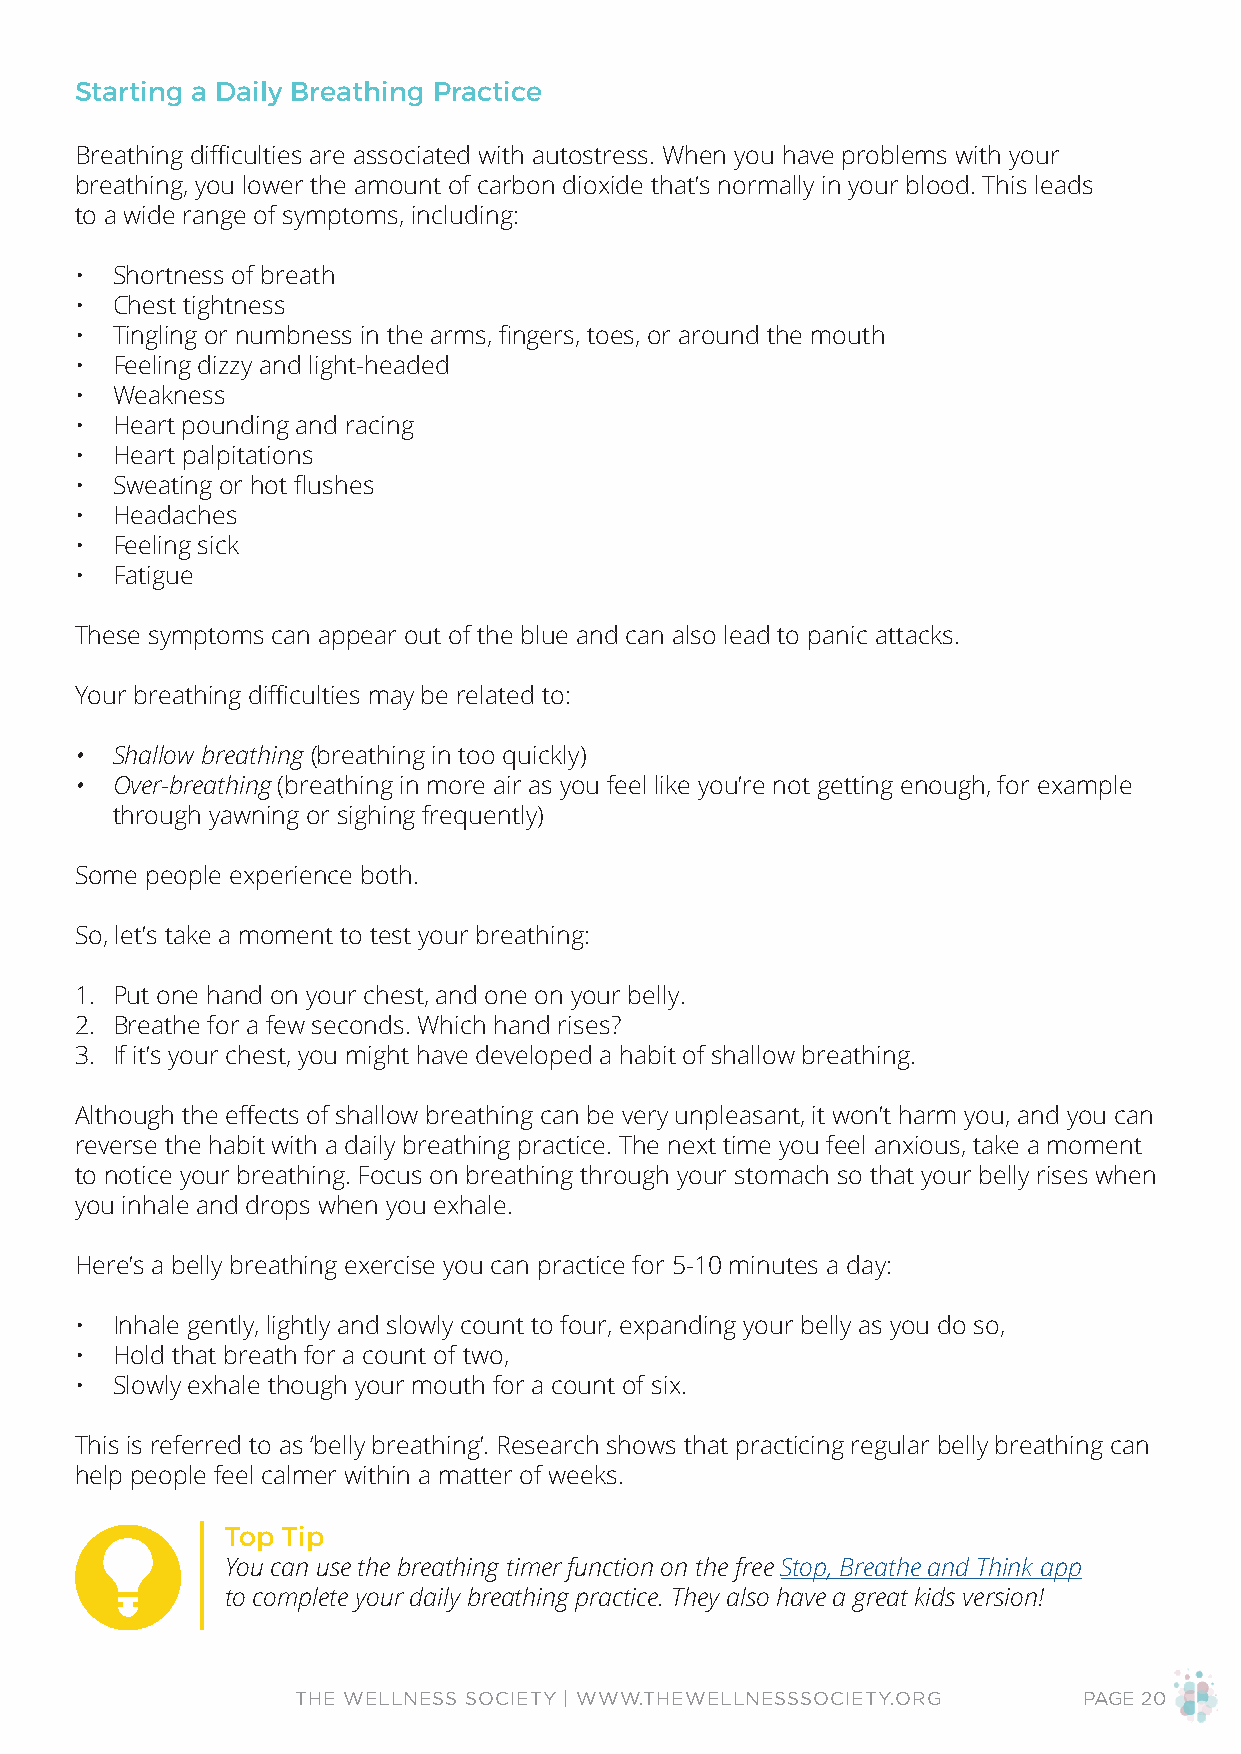
Starting a Daily Breathing Practice
 Breathing difficulties are associated with autostress. When you have problems with your
 breathing, you lower the amount of carbon dioxide that’s normally in your blood. This leads
 to a wide range of symptoms, including:
 • Shortness of breath
 • Chest tightness
 • Tingling or numbness in the arms, fingers, toes, or around the mouth
 • Feeling dizzy and light-headed
 • Weakness
 • Heart pounding and racing
 • Heart palpitations
 • Sweating or hot flushes
 • Headaches
 • Feeling sick
 • Fatigue
 These symptoms can appear out of the blue and can also lead to panic attacks.
 Your breathing difficulties may be related to:
 • Shallow breathing (breathing in too quickly)
 • Over-breathing (breathing in more air as you feel like you’re not getting enough, for example
 through yawning or sighing frequently)
 Some people experience both.
 So, let’s take a moment to test your breathing:
 1. Put one hand on your chest, and one on your belly.
 2. Breathe for a few seconds. Which hand rises?
 3. If it’s your chest, you might have developed a habit of shallow breathing.
 Although the effects of shallow breathing can be very unpleasant, it won’t harm you, and you can
 reverse the habit with a daily breathing practice. The next time you feel anxious, take a moment
 to notice your breathing. Focus on breathing through your stomach so that your belly rises when
 you inhale and drops when you exhale.
 Here’s a belly breathing exercise you can practice for 5-10 minutes a day:
 • Inhale gently, lightly and slowly count to four, expanding your belly as you do so,
 • Hold that breath for a count of two,
 • Slowly exhale though your mouth for a count of six.
 This is referred to as ‘belly breathing’. Research shows that practicing regular belly breathing can
 help people feel calmer within a matter of weeks.
 Top Tip
 You can use the breathing timer function on the free Stop, Breathe and Think app
 to complete your daily breathing practice. They also have a great kids version!
 THE WELLNESS SOCIETY | WWW.THEWELLNESSSOCIETY.ORG   PAGE 20